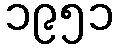
၁၉၅၁